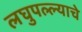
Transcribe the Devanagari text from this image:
लघुपल्ल्याचे